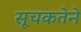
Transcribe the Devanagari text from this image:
सूचकतेने